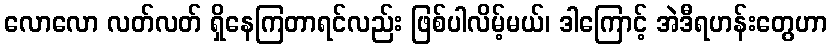
လောလော လတ်လတ် ရှိနေကြတာရင်လည်း ဖြစ်ပါလိမ့်မယ်၊ ဒါကြောင့် အဲဒီရဟန်းတွေဟာ